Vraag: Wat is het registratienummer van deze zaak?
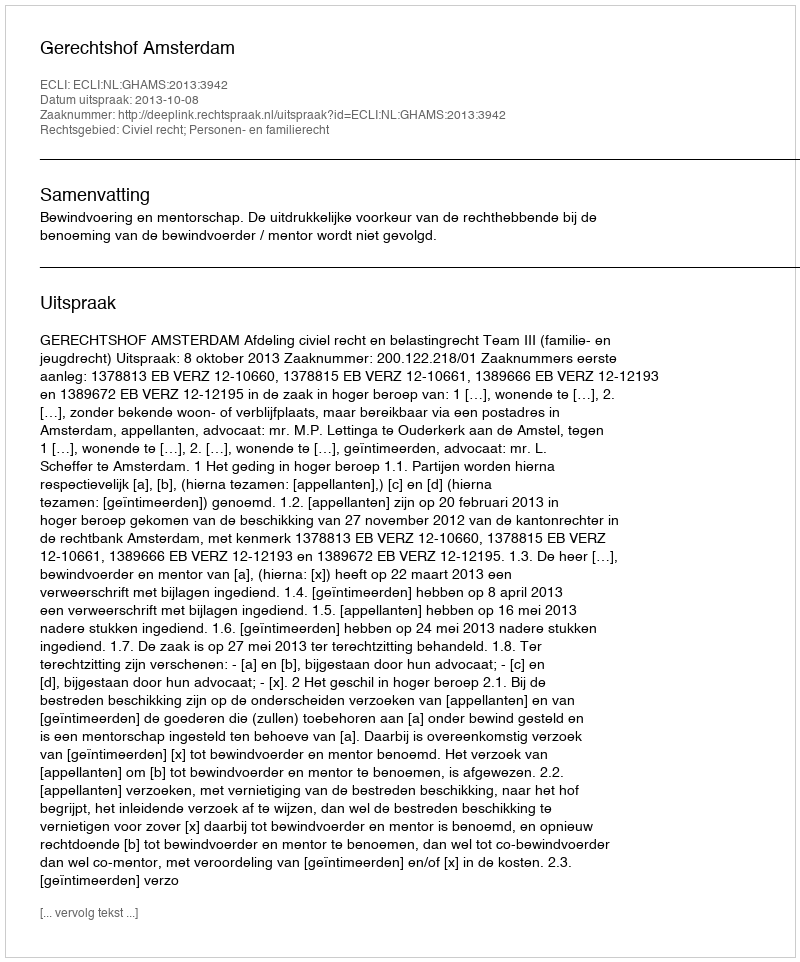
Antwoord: http://deeplink.rechtspraak.nl/uitspraak?id=ECLI:NL:GHAMS:2013:3942